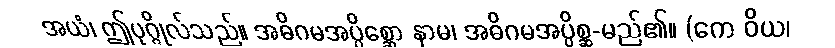
အယံ၊ ဤပုဂ္ဂိုလ်သည်။ အဓိဂမအပ္ပိစ္ဆော နာမ၊ အဓိဂမအပ္ပိစ္ဆ-မည်၏။ (ကေ ဝိယ၊